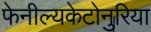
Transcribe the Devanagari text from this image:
फेनील्यकेटोनुरिया